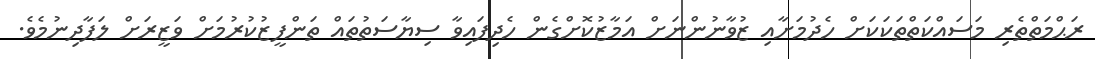
ރަޙްމަތްތެރި މަސައްކަތްތަކަކަށް ހެދުމަށާއި ޒުވާނުންނަށް އަމާޒުކޮށްގެން ހެދިފައިވާ ސިޔާސަތުތައް ތަންފީޒުކުރުމަށް ވަޒީރަށް ލަފާދިނުމެވެ.